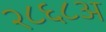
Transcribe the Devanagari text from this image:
२८६८अ